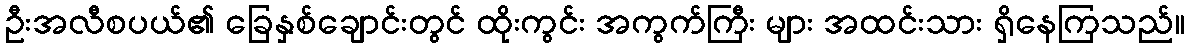
ဦးအလီစပယ်၏ ခြေနှစ်ချောင်းတွင် ထိုးကွင်း အကွက်ကြီး များ အထင်းသား ရှိနေကြသည်။